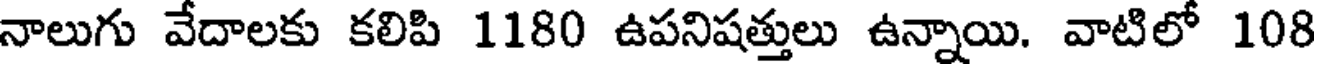
నాలుగు వేదాలకు కలిపి 1180 ఉపనిషత్తులు ఉన్నాయి. వాటిలో 108